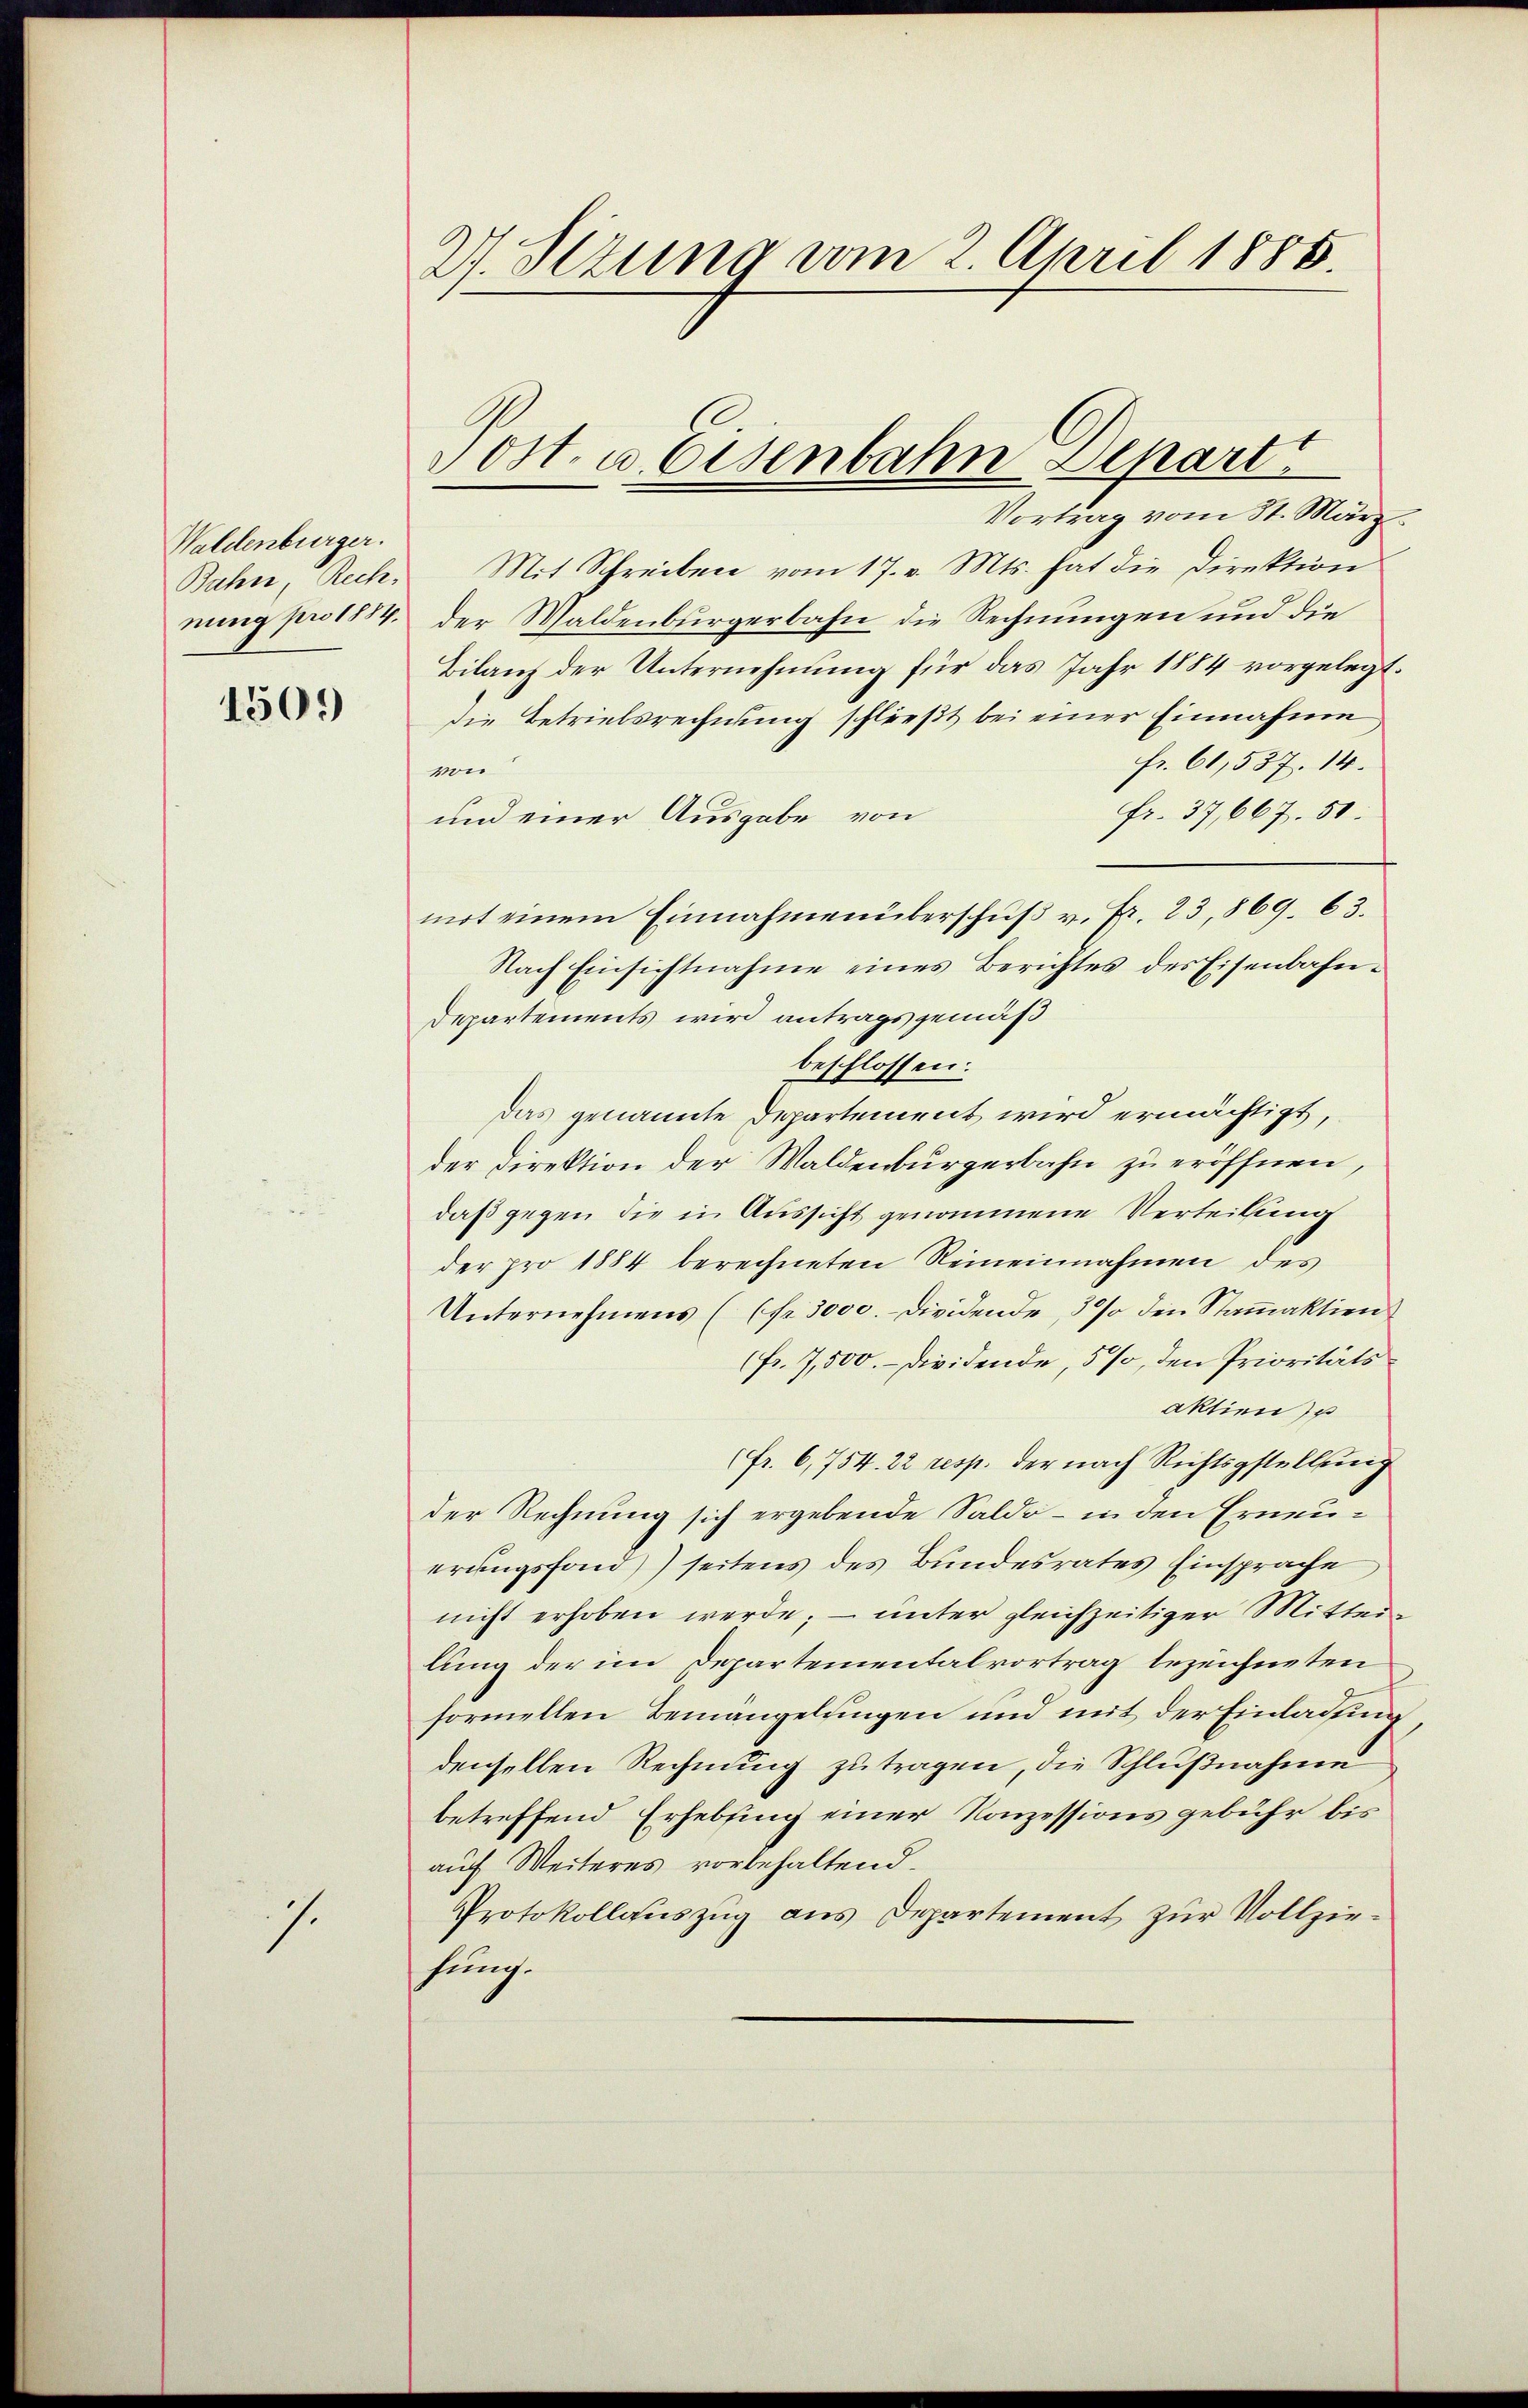
Waldenburger.

1509

.

W. Szung vom 2. April 1886.

Vortrag vom 31. März
Bahn, Rech. Mit Schreiben vom 17. v. Mts. hat die Direktion
nung pro 1884. der Waldenburgerbahn die Rechnungen und die
Bilanz der Unternehmung für das Jahr 1884 vorgelegt.
die Betriebsrechnung schließt bei einer Einnahme
fr. 61,537. 14.
von
Fr. 37,667. 51.
und einer Ausgabe von
mot einem Einnahmenüberschŭβ v. Fr. 23, 869. 63.
Nach Einsichtnahme eines Berichtes des Eisenbahn¬
Departements wird antrags gemäß
beschlossen:
das genannte Departement wird ermächtigt,
der Direktion der Waldenburgerbahn zu eröffnen,
daß gegen die in Aussicht genommene Verteilung
der pro 1884 berechneten Reineinnahmen des
Unternehmens ((fr. 3000. Dividende, 30% den Stammaktion
(Fr. 7,500.- Dividende, 5%, den Prioritäts
aktien u
(Fr. 6, 754. 22 resp. der nach Richtsgestellung
der Rechnung sich ergebende Saldo - in den Erneuerungsfond)) seitens des Bundesrates Einsprache
nicht erhoben werde; — unter gleichzeitiger Mittei-
lung der im Departementalvortrag bezeichneten
formellen Bemängelungen und mit der Einladung,
denselben Rechnung zu tragen, die Schlußnahme
betreffend Erhebling einer Konzessionsgebühr bis
auf Weiteres vorbehaltend.
Protokollauszug aus Departement zur Vollziehung.

Post. u. Eisenbahn Depart